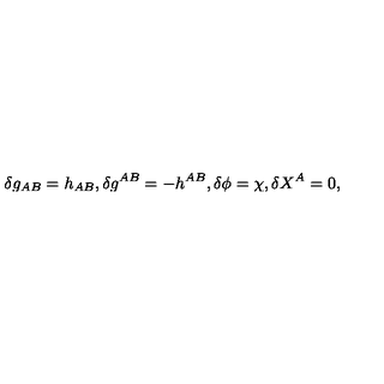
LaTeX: \delta g _ { A B } = h _ { A B } , \delta g ^ { A B } = - h ^ { A B } , \delta \phi = \chi , \delta X ^ { A } = 0 ,